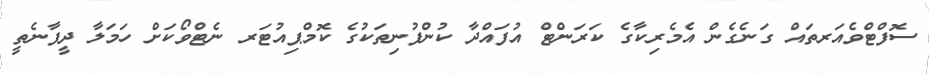
ސޮފްޓްވެއަރތައް ގަނެގެން އެމެރިކާގެ ކަރަންޓް އުފައްދާ ކުންފުނިތަކުގެ ކޮމްޕިއުޓަރ ނެޓްވޯކަށް ހަމަލާ ދީފާނެތީ